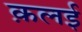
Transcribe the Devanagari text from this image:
क़लई